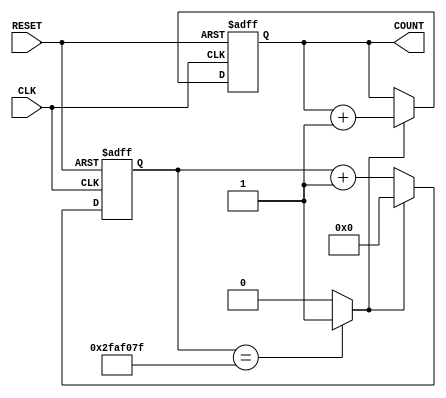


module COUNT4 (
    input wire CLK
  , input wire RESET
  , output reg [3:0] COUNT
);
    parameter SEC1_MAX = 50000000; //50 MHz
    reg [25:0] tmp_count;  // 1
    wire ENABLE;

    always @(posedge CLK or negedge RESET)
    begin
        if (RESET == 1'b0) // RESET
            tmp_count <= 26'h0;
        else if (ENABLE == 1'b1)
            tmp_count <= 26'h0;
        else
            tmp_count <= tmp_count + 26'h1;
    end

    assign ENABLE = (tmp_count == (SEC1_MAX - 1))? 1'b1 : 1'b0;

    always @(posedge CLK or negedge RESET)
    begin
        if (RESET == 1'b0) // RESET
            COUNT <= 4'h0;
        else if (ENABLE == 1'b1) begin
            COUNT <= COUNT + 4'h1;
        end
    end
endmodule